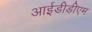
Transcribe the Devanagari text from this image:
आईडीडीएम